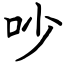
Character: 吵